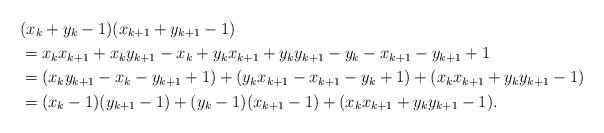
LaTeX: \begin{align*}&(x_k+y_k-1)(x_{k+1}+y_{k+1}-1)\\&=x_kx_{k+1}+x_ky_{k+1}-x_k+y_kx_{k+1}+y_ky_{k+1}-y_k-x_{k+1}-y_{k+1}+1\\&=(x_ky_{k+1}-x_k-y_{k+1}+1)+(y_kx_{k+1}-x_{k+1}-y_k+1)+(x_kx_{k+1}+y_ky_{k+1}-1)\\&=(x_k-1)(y_{k+1}-1)+(y_k-1)(x_{k+1}-1)+(x_kx_{k+1}+y_ky_{k+1}-1).\end{align*}